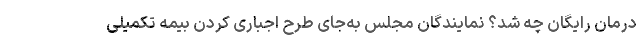
درمان رایگان چه شد؟ نمایندگان مجلس به‌جای طرحِ اجباری کردن بیمه تکمیلی